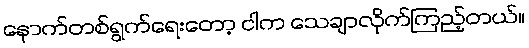
နောက်တစ်ရွက်ရေးတော့ ငါက သေချာလိုက်ကြည့်တယ်။